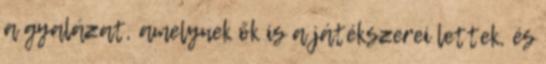
a gyalázat, amelynek ők is a játékszerei lettek, és